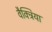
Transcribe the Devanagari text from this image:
वैक्ट्रिया